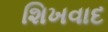
શિખવાદ